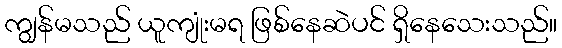
ကျွန်မသည် ယူကျုံးမရ ဖြစ်နေဆဲပင် ရှိနေသေးသည်။